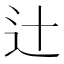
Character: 辻